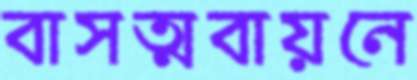
বাসত্মবায়নে